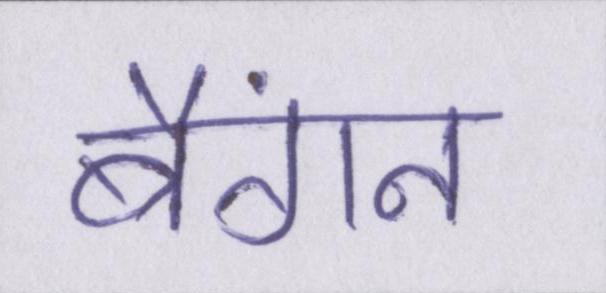
बैंगन